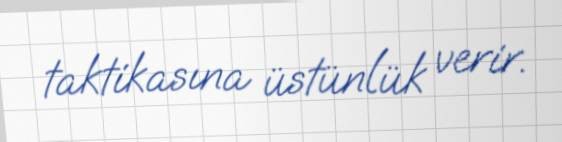
taktikasına üstünlük verir.